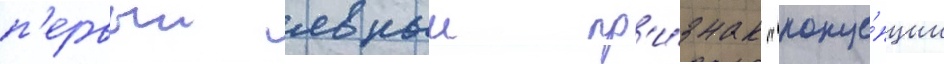
п'ервыи явныи пр'и́знак "конце́пции